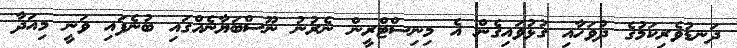
ދަނޑުވެރިކަމުގެ ދުވަހާއި ގުޅުވައިގެން އެ މިނިސްޓްރީން ނެރުނު ނޫސްބަޔާނެއްގައި ބުނެފައި ވަނީ މިއަދާ